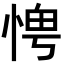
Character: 𪬀